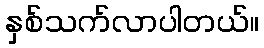
နှစ်သက်လာပါတယ်။